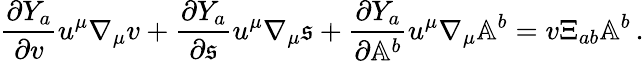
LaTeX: \frac{\partial Y_{a}}{\partial v}u^{\mu}\nabla_{\mu}v+\frac{\partial Y_{a}}{\partial\mathfrak{s}}u^{\mu}\nabla_{\mu}\mathfrak{s}+\frac{\partial Y_{a}}{\partial\mathbb{A}^{b}}u^{\mu}\nabla_{\mu}\mathbb{A}^{b}=v\Xi_{ab}\mathbb{A}^{b}\, .